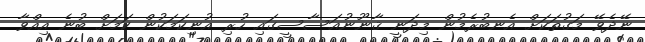
ނޭދެވޭ މަގުތަކަށް އެނބުރެމުން މިދަނީ ޤާނޫނުއަސާސީގައި ހުރި އުނިކަމަކުން ކަމަށް ބުނެ އިއްވާ